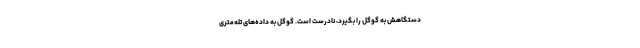
دستگاهش به گوگل را بگیرد، نادرست است. گوگل به داده‌‌های تله‌متری